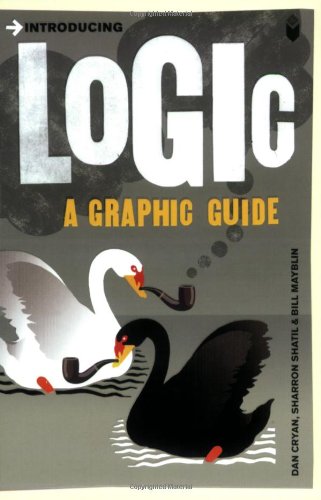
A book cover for Introducing Logic: A Graphic Guide; Dan Cryan; Comics & Graphic Novels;